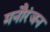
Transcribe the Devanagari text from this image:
मनौरंजन